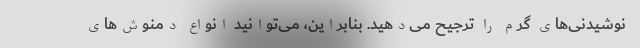
نوشیدنی‌های گرم را ترجیح می‌دهید. بنابراین، می‌توانید انواع دمنوش‌های